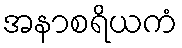
အနာစရိယကံ